Civil Veterinary Department Bihar reports 1940-50 - 1940-1950
Year: 1940
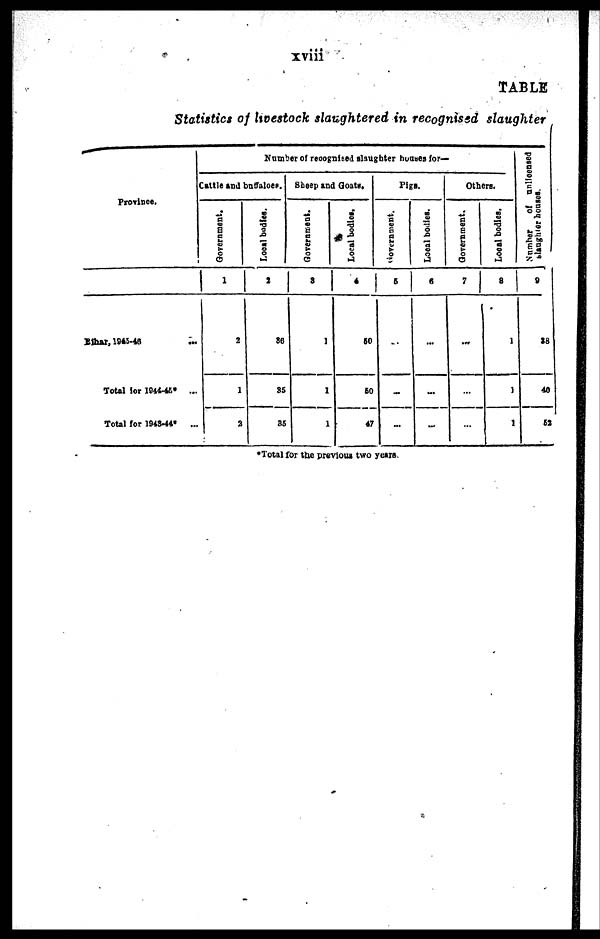
xviii
TABLE
Statistics of livestock slaughtered in recognised slaughter
Province.
Bihar, 1943-45 ...
Total for 1944-45* ...
Total for 1943-44* ...
Number of recognised daughter hunses for—
Cattle and buffaloes.
Government.
1
2
1
2
Local bodies.
2
36
35
35
Sheep and Goats.
Government.
3
1
1
1
Local bodies.
4
60
50
47
Pigs.
Government.
5
..
..
...
Local bodies.
6
...
-
...
Others.
Government.
7
...
...
...
Local bodies.
8
1
1
1
Number
of nnllcensed
slaughter houses.
9
88
40
52
*Total for the previous two years.